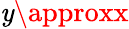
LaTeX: \mathit{y}\approxx